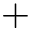
+